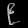
Digit: ၉